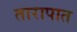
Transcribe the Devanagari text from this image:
तारापात